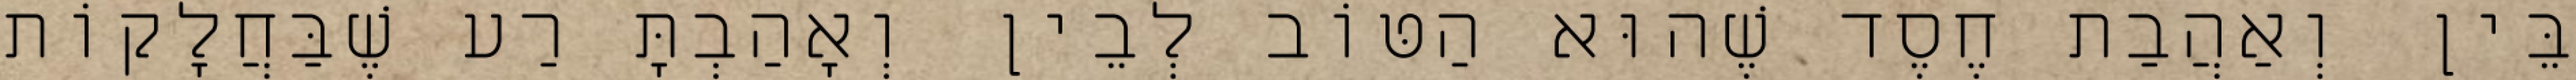
בֵּין וְאַהֲבַת חֶסֶד שֶׁהוּא הַטּוֹב לְבֵין וְאָהַבְתָּ רַע שֶׁבַּחֲלָקוֹת